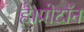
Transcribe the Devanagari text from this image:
है।प्रोटॉन